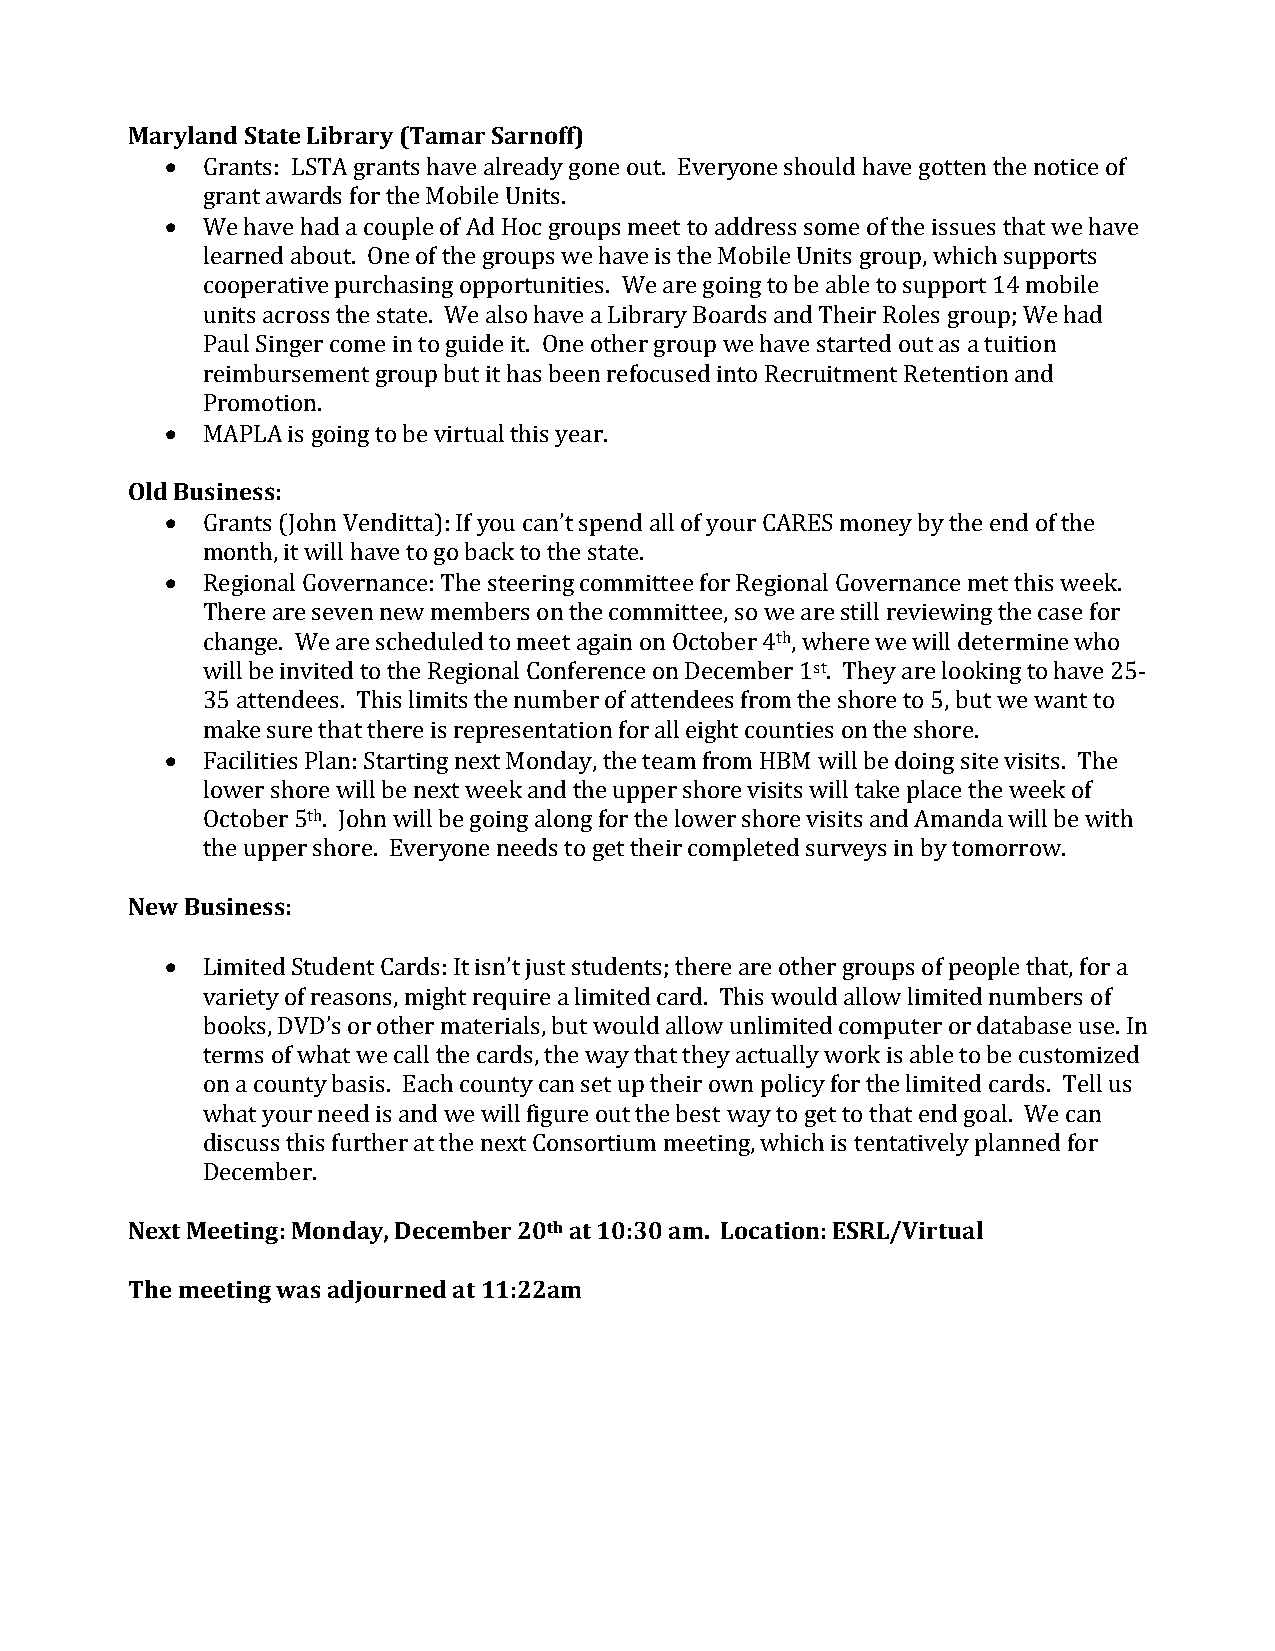
Maryland State Library (Tamar Sarnoff)
 • Grants: LSTA grants have already gone out. Everyone should have gotten the notice of
 grant awards for the Mobile Units.
 • We have had a couple of Ad Hoc groups meet to address some of the issues that we have
 learned about. One of the groups we have is the Mobile Units group, which supports
 cooperative purchasing opportunities. We are going to be able to support 14 mobile
 units across the state. We also have a Library Boards and Their Roles group; We had
 Paul Singer come in to guide it. One other group we have started out as a tuition
 reimbursement group but it has been refocused into Recruitment Retention and
 Promotion.
 • MAPLA is going to be virtual this year.
 Old Business:
 • Grants (John Venditta): If you can’t spend all of your CARES money by the end of the
 month, it will have to go back to the state.
 • Regional Governance: The steering committee for Regional Governance met this week.
 There are seven new members on the committee, so we are still reviewing the case for
 change. We are scheduled to meet again on October 4th, where we will determine who
 will be invited to the Regional Conference on December 1st. They are looking to have 25-
 35 attendees. This limits the number of attendees from the shore to 5, but we want to
 make sure that there is representation for all eight counties on the shore.
 • Facilities Plan: Starting next Monday, the team from HBM will be doing site visits. The
 lower shore will be next week and the upper shore visits will take place the week of
 October 5th. John will be going along for the lower shore visits and Amanda will be with
 the upper shore. Everyone needs to get their completed surveys in by tomorrow.
 New Business:
 • Limited Student Cards: It isn’t just students; there are other groups of people that, for a
 variety of reasons, might require a limited card. This would allow limited numbers of
 books, DVD’s or other materials, but would allow unlimited computer or database use. In
 terms of what we call the cards, the way that they actually work is able to be customized
 on a county basis. Each county can set up their own policy for the limited cards. Tell us
 what your need is and we will figure out the best way to get to that end goal. We can
 discuss this further at the next Consortium meeting, which is tentatively planned for
 December.
 Next Meeting: Monday, December 20th at 10:30 am. Location: ESRL/Virtual
 The meeting was adjourned at 11:22am